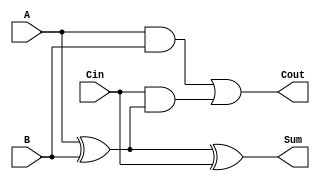
module full_adder (
    input wire A,    // Input bit 1
    input wire B,    // Input bit 2
    input wire Cin,  // Carry-in bit
    output wire Sum, // Sum output
    output wire Cout // Carry-out output
);

// Intermediate signals
wire AxorB;

// Calculate Sum using XOR gates
assign AxorB = A ^ B;
assign Sum = AxorB ^ Cin;

// Calculate Cout using AND and OR gates
assign Cout = (A & B) | (Cin & AxorB);

endmodule